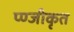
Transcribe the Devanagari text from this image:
प्ण्जीकृत